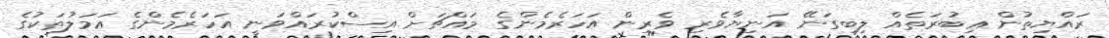
ރައްޔިތުން ޢިބުރަތެއް ލިބިގަނޭ އަނިޔާވެރި ވެރިން އަހަރެމެންގެ މައްޗަށް އިސްކުރައްވަނީ އަހަރެމެންގެ ޢަމަލުތަކުގެ